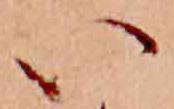
い